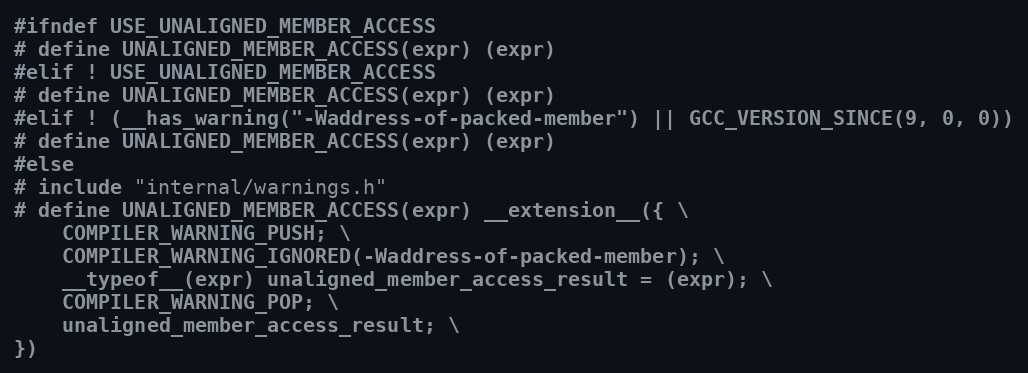
Language: C
#ifndef USE_UNALIGNED_MEMBER_ACCESS
# define UNALIGNED_MEMBER_ACCESS(expr) (expr)
#elif ! USE_UNALIGNED_MEMBER_ACCESS
# define UNALIGNED_MEMBER_ACCESS(expr) (expr)
#elif ! (__has_warning("-Waddress-of-packed-member") || GCC_VERSION_SINCE(9, 0, 0))
# define UNALIGNED_MEMBER_ACCESS(expr) (expr)
#else
# include "internal/warnings.h"
# define UNALIGNED_MEMBER_ACCESS(expr) __extension__({ \
    COMPILER_WARNING_PUSH; \
    COMPILER_WARNING_IGNORED(-Waddress-of-packed-member); \
    __typeof__(expr) unaligned_member_access_result = (expr); \
    COMPILER_WARNING_POP; \
    unaligned_member_access_result; \
})